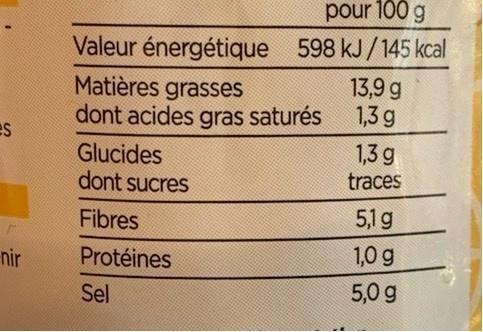
pour 100 g
Valeur énergétique 598 kJ/145 kcal 13,9 g 1,3 g
Matières grasses dont acides gras saturés
es
Glucides dont sucres
1,3 g traces
Fibres
5,1g
nir
Protéines
1,0 g
Sel
5,0 g